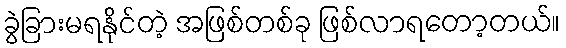
ခွဲခြားမရနိုင်တဲ့ အဖြစ်တစ်ခု ဖြစ်လာရတော့တယ်။